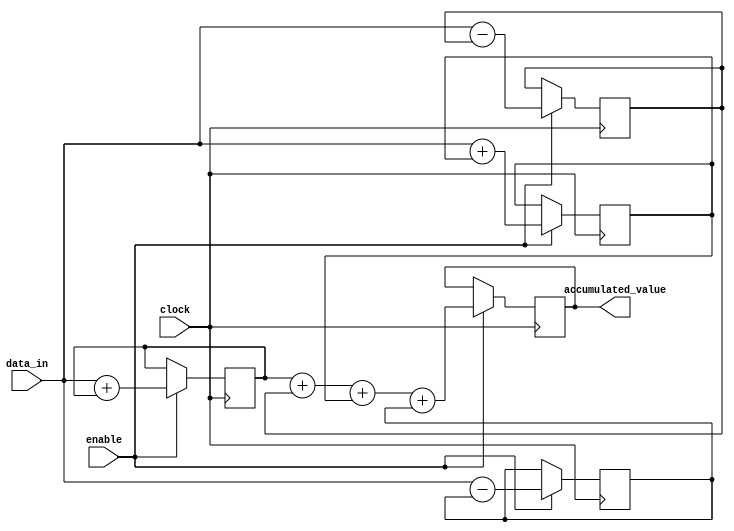
module parallel_accumulator (
    input wire clock,
    input wire enable,
    input wire [15:0] data_in,
    output wire [15:0] accumulated_value
);

reg [15:0] intermediate_results [0:3];
reg [15:0] final_result;

always @(posedge clock) begin
    if (enable) begin
        intermediate_results[0] <= data_in + intermediate_results[0];
        intermediate_results[1] <= data_in - intermediate_results[1];
        intermediate_results[2] <= data_in + intermediate_results[2];
        intermediate_results[3] <= data_in - intermediate_results[3];
    end
end

always @(posedge clock) begin
    if (enable) begin
        final_result <= intermediate_results[0] + intermediate_results[1] + intermediate_results[2] + intermediate_results[3];
    end
end

assign accumulated_value = final_result;

endmodule